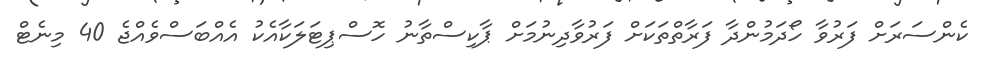
ކެންސަރަށް ފަރުވާ ހޯދަމުންދާ ފަރާތްތަކަށް ފަރުވާދިނުމަށް ޕާކިސްތާނު ހޮސްޕިޓަލަކާއެކު އެއްބަސްވެއްޖެ 40 މިނެޓް